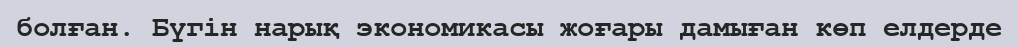
болған. Бүгін нарық экономикасы жоғары дамыған көп елдерде